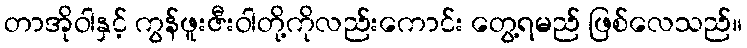
တာအိုဝါနှင့် ကွန်ဖူးဇီးဝါတို့ကိုလည်းကောင်း တွေ့ရမည် ဖြစ်လေသည်။